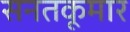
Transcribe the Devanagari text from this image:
सनतकूमार